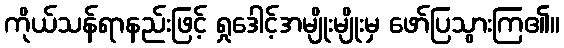
ကိုယ်သန်ရာနည်းဖြင့် ရှုဒေါင့်အမျိုးမျိုးမှ ဖော်ပြသွားကြ၏။